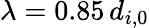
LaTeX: {\lambda=0.85\, d_{i,0}}